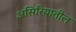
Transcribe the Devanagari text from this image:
असिरियातील